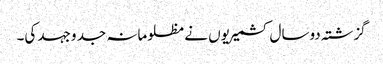
گزشتہ دوسال کشمیریوں نے مظلومانہ جد وجہد کی۔